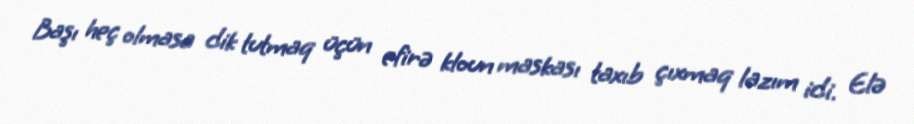
Başı heç olmasa dik tutmaq üçün efirə kloun maskası taxıb çıxmaq lazım idi. Elə